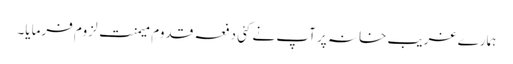
ہمارے غریب خانہ پر آپ نے کئی دفعہ قدومِ میمنت لزوم فرمایا۔